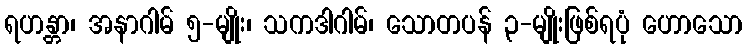
ရဟန္တာ၊ အနာဂါမ် ၅-မျိုး၊ သကဒါဂါမ်၊ သောတပန် ၃-မျိုးဖြစ်ရပုံ ဟောသော